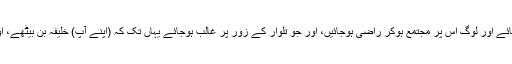
جو بھی خلافت پر والی ومتمکن ہوجائے اور لوگ اس پر مجتمع ہوکر راضی ہوجائیں، اور جو تلوار کے زور پر غالب ہوجائے یہاں تک کہ (اپنے آپ) خلیفہ بن بیٹھے، اور امیر المؤمنین کہلایا جانے لگے)۔